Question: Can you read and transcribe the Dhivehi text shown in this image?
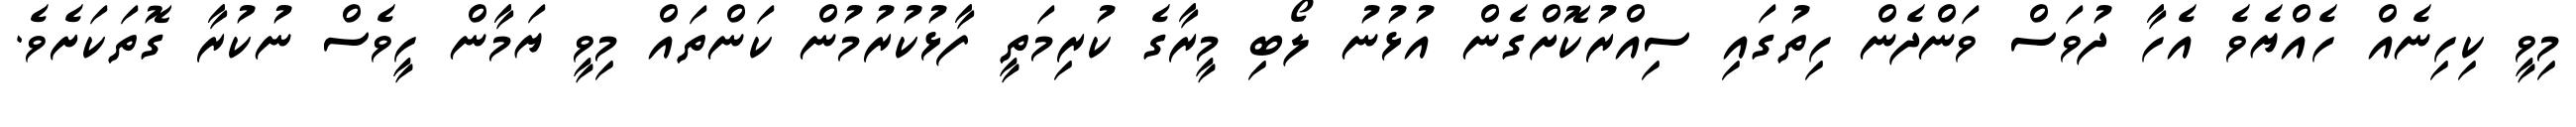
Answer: މިވީ ކިހިނެއް ހެއްޔެވެ އެހާ ދުވަސް ވަންދެން ހިތުގައި ސިއްރުކޮށްގެން އުޅުނު ލޯބި މީރާގެ ކުރިމަތީ ފާޅުކުރުމުން ކަންތައް މިވީ ޔަމާން ހީވެސް ނުކުރާ ގޮތަކަށެވެ.